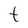
Character: t